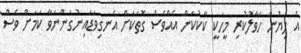
އެ ލިޔުން ހަވާލުކުރި މީހަކީ ކާކުކަން އެއްވެސް ގޮތަކަށް އެނގިވަޑައިނުގަންނަވާ ކަމަށް ވެސް